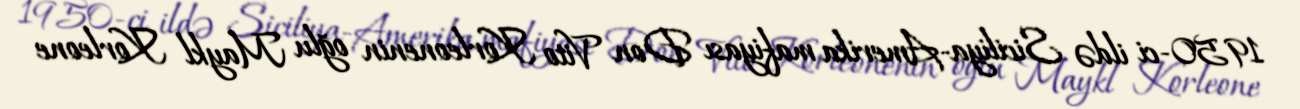
1950-ci ildə Siciliya-Amerika mafiyası Don Vito Korleonenin oğlu Maykl Korleone